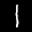
Label: 1